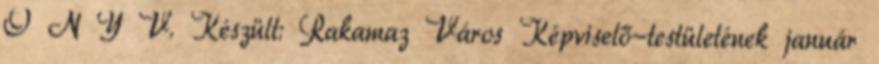
Ö N Y V. Készült: Rakamaz Város Képviselő-testületének január